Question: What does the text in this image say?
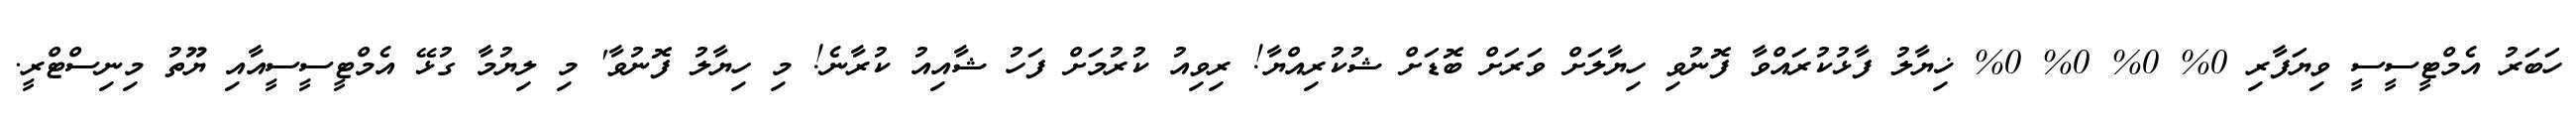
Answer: ހަބަރު އެމްޓީސީސީ ވިޔަފާރި 0% 0% 0% 0% ޚިޔާލު ފާޅުކުރައްވާ ފޮނުވި ހިޔާލަށް ވަރަށް ބޮޑަށް ޝުކުރިއްޔާ! ރިވިއު ކުރުމަށް ފަހު ޝާއިއު ކުރާނެ! މި ހިޔާލު ފޮނުވާ' މި ލިޔުމާ ގުޅޭ އެމްޓީސީސީއާއި ޔޫތު މިނިސްޓްރީ.